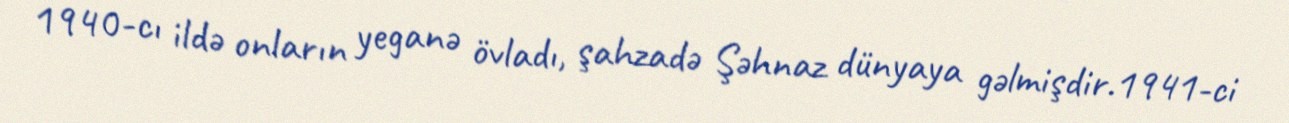
1940-cı ildə onların yeganə övladı, şahzadə Şəhnaz dünyaya gəlmişdir.1941-ci